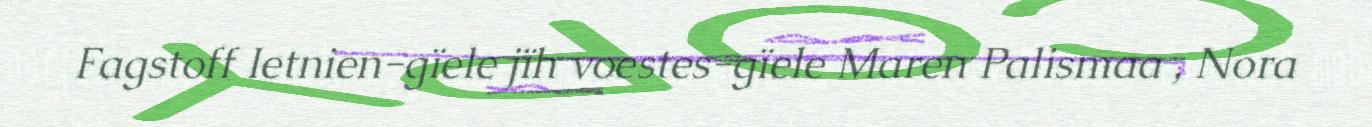
Fagstoff Ietnien-gïele jïh voestes-gïele Maren Palismaa , Nora